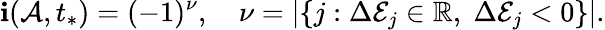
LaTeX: \mathbf{i}(\mathcal{{A}},t_{*})=(-1)^{\nu},\quad\nu=|\{ j:\Delta\mathcal{{E}}_{j}\in\mathbb{{R}},\; \Delta\mathcal{{E}}_{j}<0\} |.